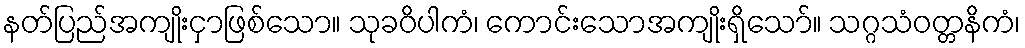
နတ်ပြည်အကျိုးငှာဖြစ်သော။ သုခဝိပါကံ၊ ကောင်းသောအကျိုးရှိသော်။ သဂ္ဂသံဝတ္တနိကံ၊